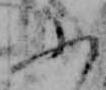
ふ